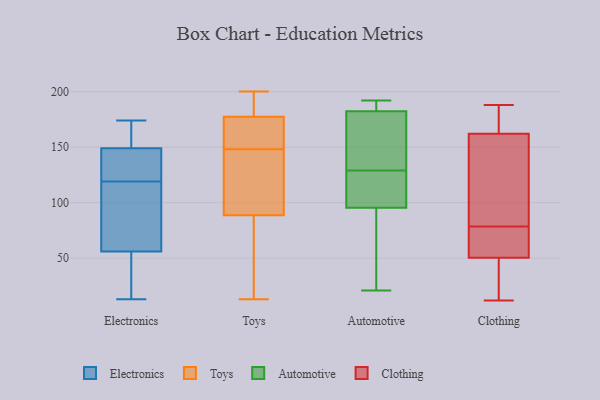
{"axis": {"x": "Conversion Rate (%)", "y": "Value"}, "legend": ["Automotive", "Clothing", "Electronics", "Toys"], "data": [{"x": "", "y": 154, "type": "Electronics"}, {"x": "", "y": 135, "type": "Electronics"}, {"x": "", "y": 56, "type": "Electronics"}, {"x": "", "y": 94, "type": "Electronics"}, {"x": "", "y": 123, "type": "Electronics"}, {"x": "", "y": 143, "type": "Electronics"}, {"x": "", "y": 115, "type": "Electronics"}, {"x": "", "y": 69, "type": "Electronics"}, {"x": "", "y": 35, "type": "Electronics"}, {"x": "", "y": 152, "type": "Electronics"}, {"x": "", "y": 149, "type": "Electronics"}, {"x": "", "y": 174, "type": "Electronics"}, {"x": "", "y": 45, "type": "Electronics"}, {"x": "", "y": 13, "type": "Electronics"}, {"x": "", "y": 128, "type": "Toys"}, {"x": "", "y": 104, "type": "Toys"}, {"x": "", "y": 200, "type": "Toys"}, {"x": "", "y": 35, "type": "Toys"}, {"x": "", "y": 177, "type": "Toys"}, {"x": "", "y": 169, "type": "Toys"}, {"x": "", "y": 43, "type": "Toys"}, {"x": "", "y": 120, "type": "Toys"}, {"x": "", "y": 178, "type": "Toys"}, {"x": "", "y": 168, "type": "Toys"}, {"x": "", "y": 148, "type": "Toys"}, {"x": "", "y": 194, "type": "Toys"}, {"x": "", "y": 13, "type": "Toys"}, {"x": "", "y": 21, "type": "Automotive"}, {"x": "", "y": 188, "type": "Automotive"}, {"x": "", "y": 184, "type": "Automotive"}, {"x": "", "y": 182, "type": "Automotive"}, {"x": "", "y": 165, "type": "Automotive"}, {"x": "", "y": 129, "type": "Automotive"}, {"x": "", "y": 183, "type": "Automotive"}, {"x": "", "y": 192, "type": "Automotive"}, {"x": "", "y": 114, "type": "Automotive"}, {"x": "", "y": 174, "type": "Automotive"}, {"x": "", "y": 36, "type": "Automotive"}, {"x": "", "y": 121, "type": "Automotive"}, {"x": "", "y": 118, "type": "Automotive"}, {"x": "", "y": 85, "type": "Automotive"}, {"x": "", "y": 34, "type": "Automotive"}, {"x": "", "y": 99, "type": "Automotive"}, {"x": "", "y": 156, "type": "Automotive"}, {"x": "", "y": 78, "type": "Clothing"}, {"x": "", "y": 32, "type": "Clothing"}, {"x": "", "y": 174, "type": "Clothing"}, {"x": "", "y": 79, "type": "Clothing"}, {"x": "", "y": 12, "type": "Clothing"}, {"x": "", "y": 86, "type": "Clothing"}, {"x": "", "y": 155, "type": "Clothing"}, {"x": "", "y": 65, "type": "Clothing"}, {"x": "", "y": 169, "type": "Clothing"}, {"x": "", "y": 188, "type": "Clothing"}, {"x": "", "y": 37, "type": "Clothing"}, {"x": "", "y": 64, "type": "Clothing"}]}